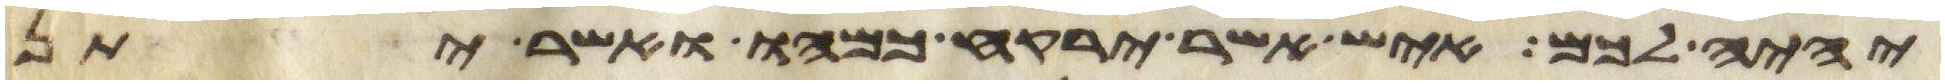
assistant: יהיה לכם איש אשר ירקח כמהו ואשר יתן